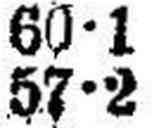
57•2